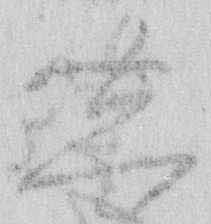
し